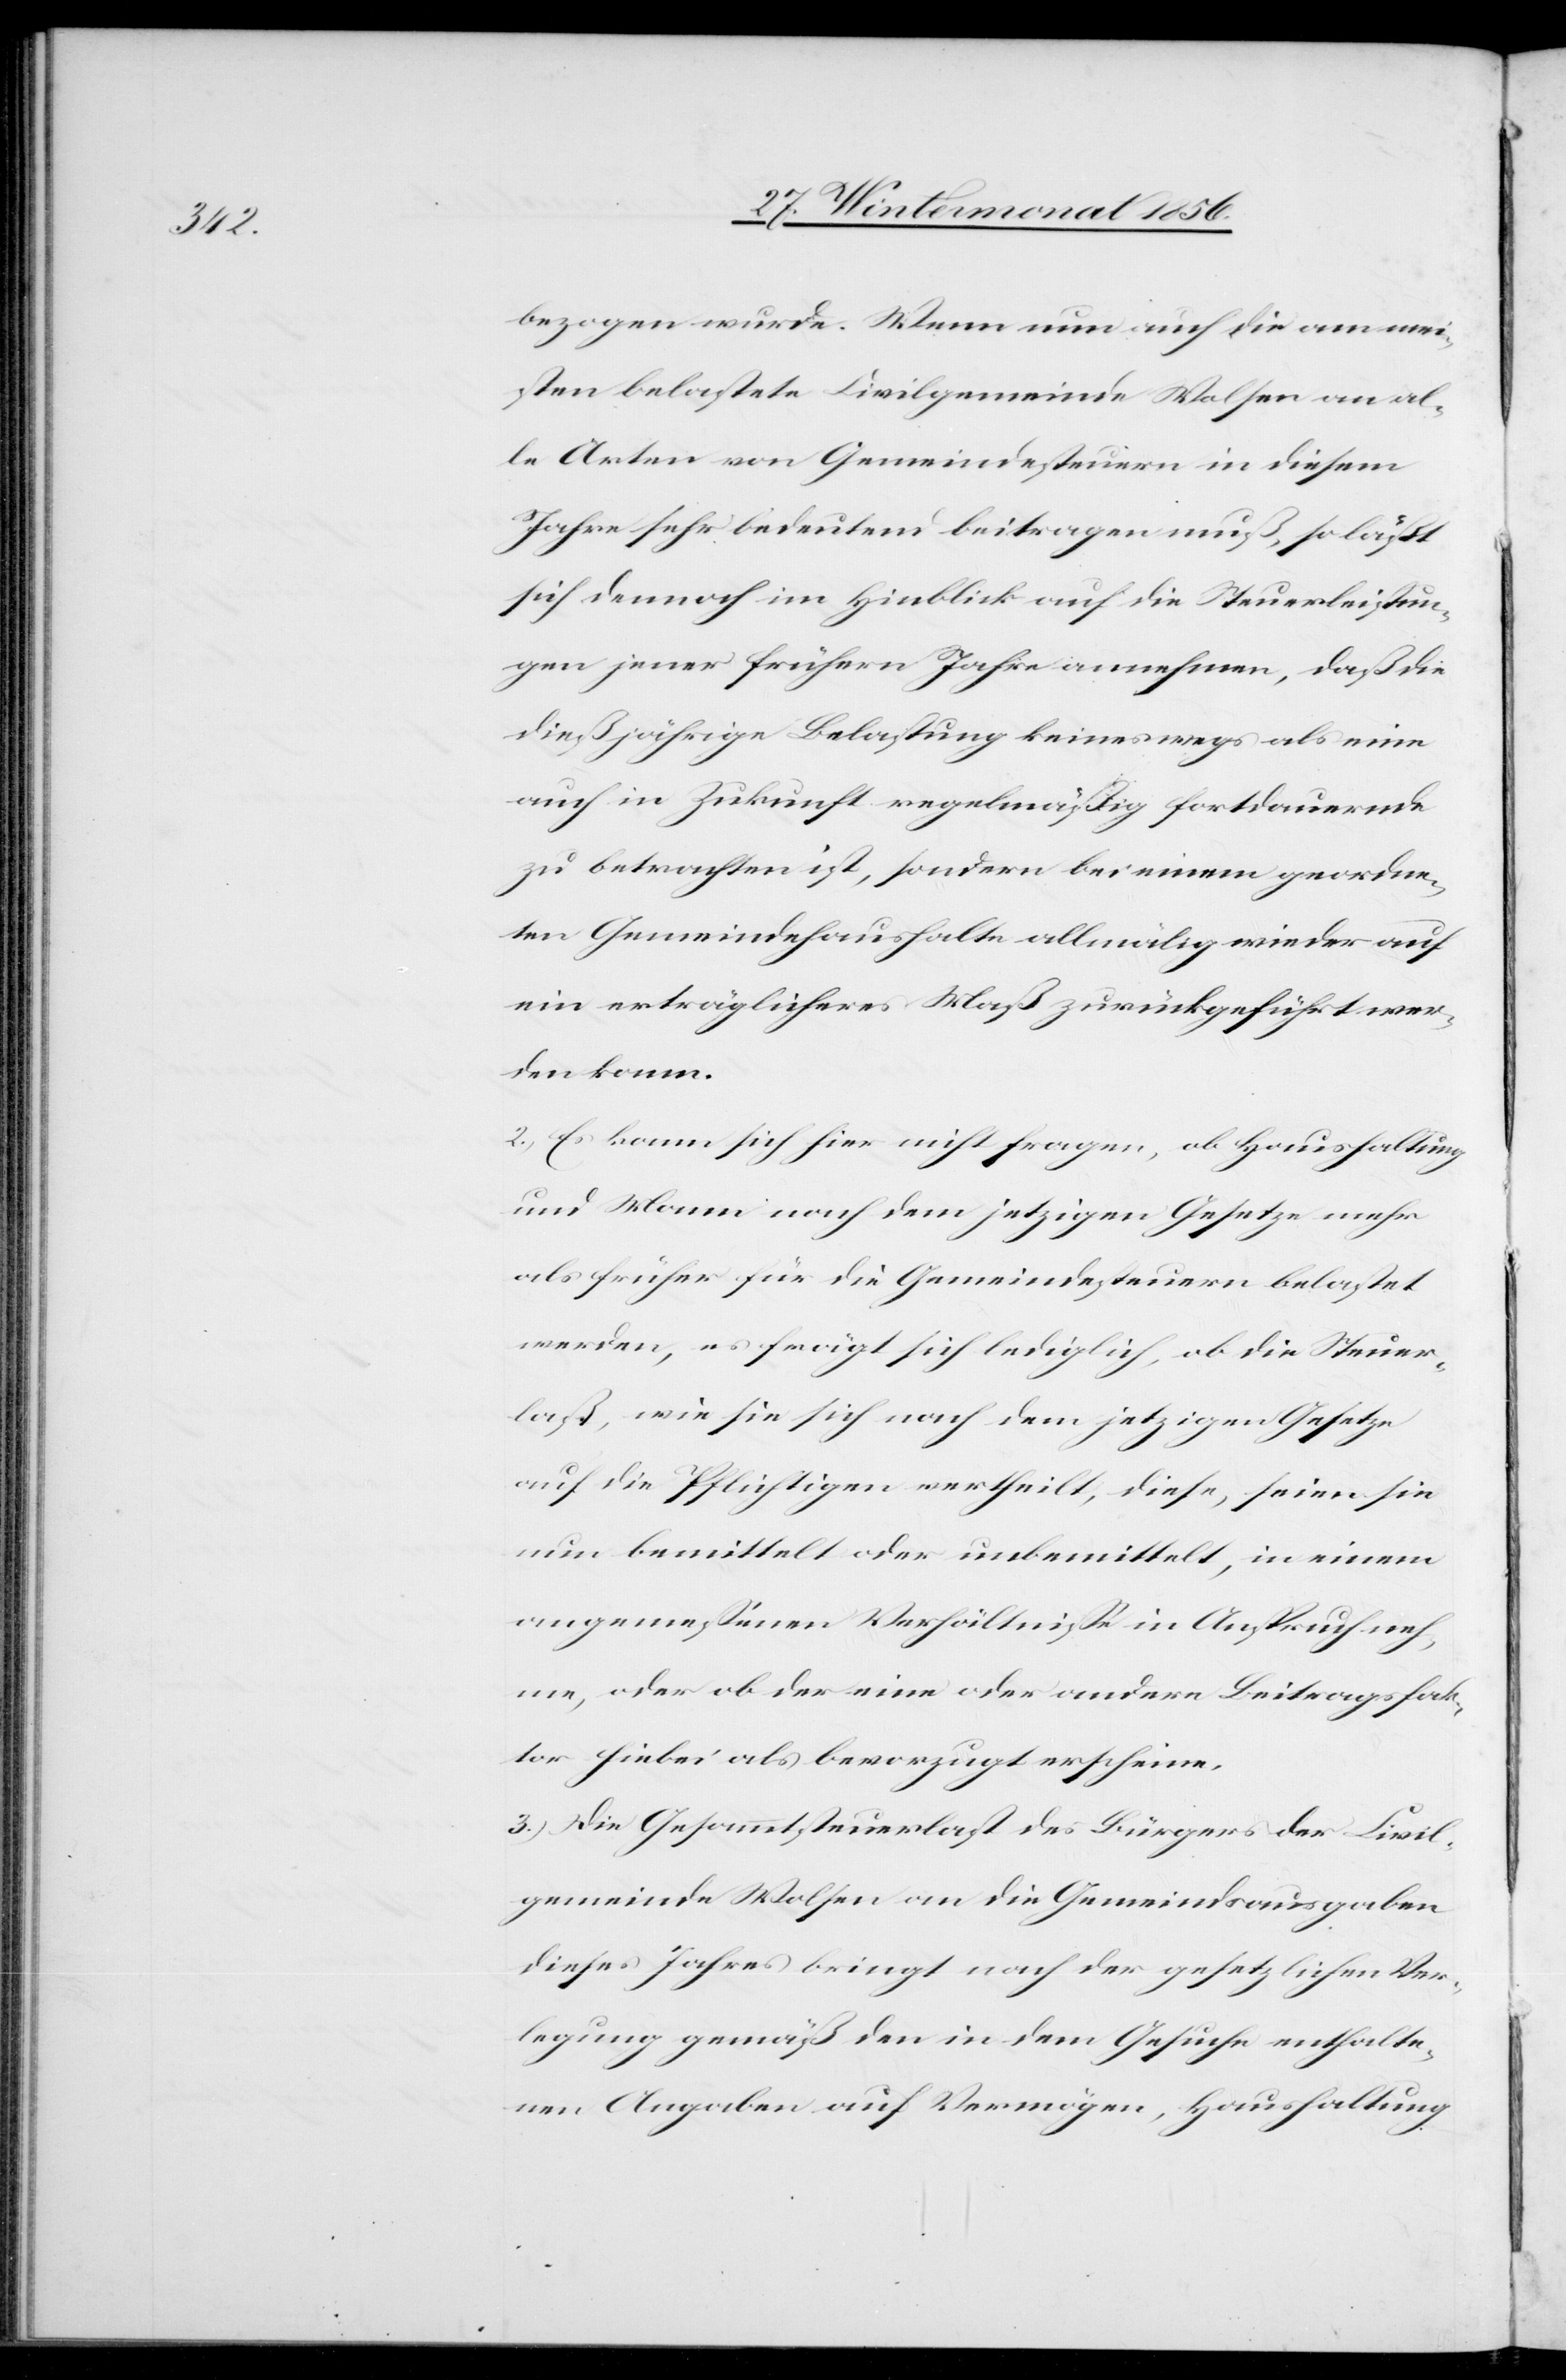
bezogen wurde. Wenn nun auch die am mei¬
sten belastete Civilgemeinde Wolfen an al¬
le Arten von Gemeindesteuern in diesem
Jahre sehr bedeutend beitragen muß, so läßt
sich dennoch im Hinblick auf die Steuerleistun¬
gen jener frühern Jahre annehmen, daß die
dießjährige Belastung keineswegs als eine
auch in Zukunft regelmäßig fortdauernde
zu betrachten ist, sondern bei einem geordne¬
ten Gemeindehaushalte allmälig wieder auf
ein erträglicheres Maß zurückgeführt wer¬
den kann.
2.) Es kann sich hier nicht fragen, ob Haushaltung
und Mann nach dem jetzigen Gesetze mehr
als früher für die Gemeindesteuern belastet
werden, es frägt sich lediglich, ob die Steuer¬
last, wie sie sich nach dem jetzigen Gesetze
auf die Pflichtigen vertheilt, diese, seien sie
nun bemittelt oder unbemittelt, in einem
angemessenen Verhältnisse in Anspruch neh¬
me, oder ob der eine oder andere Beitragsfak¬
tor hiebei als bevorzugt erscheine.
3.) Die Gesammtsteuerlast des Bürgers der Civil¬
gemeinde Wolfen an die Gemeindsausgaben
dieses Jahres bringt nach der gesetzlichen Ver¬
legung gemäß den in dem Gesuche enthalte¬
nen Angaben auf Vermögen, Haushaltung